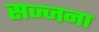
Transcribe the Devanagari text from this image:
सज्जना